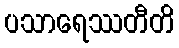
ပသာရေဿတီတိ